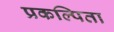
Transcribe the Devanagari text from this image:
प्रकल्पिता